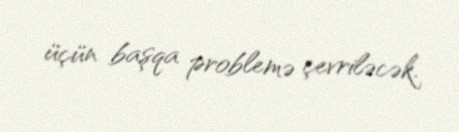
üçün başqa problemə çevriləcək.